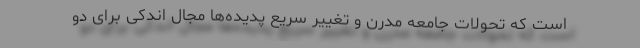
است که تحولات جامعه مدرن و تغییر سریع پدیده‌ها مجال اندکی برای دو